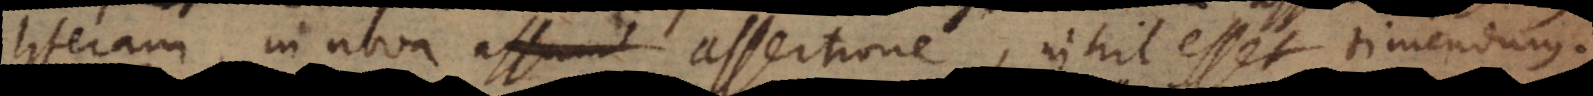
literam in nova assertione, nihil esset timendum.